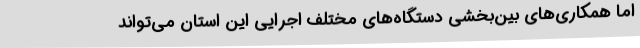
اما همکاری‌های بین‌بخشی دستگاه‌های مختلف اجرایی این استان می‌تواند